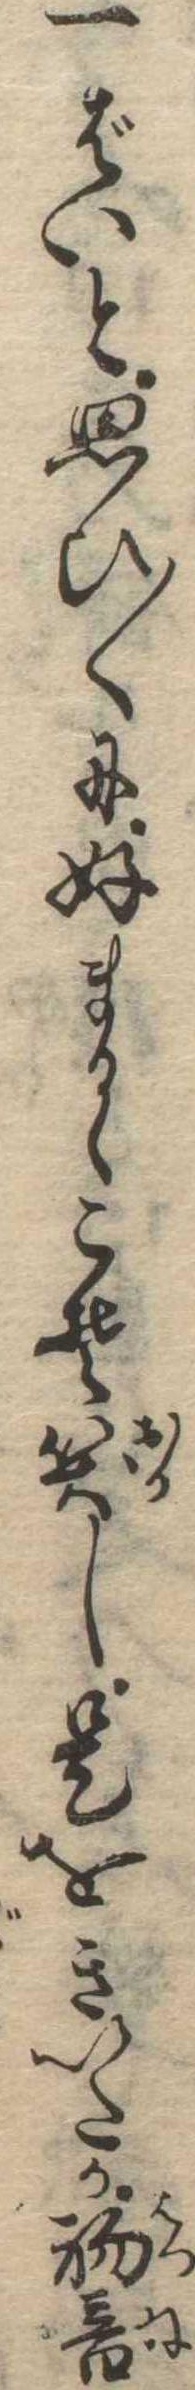
一ばいと思ひ〱に好まるゝこそ笑し是をきいたか初音